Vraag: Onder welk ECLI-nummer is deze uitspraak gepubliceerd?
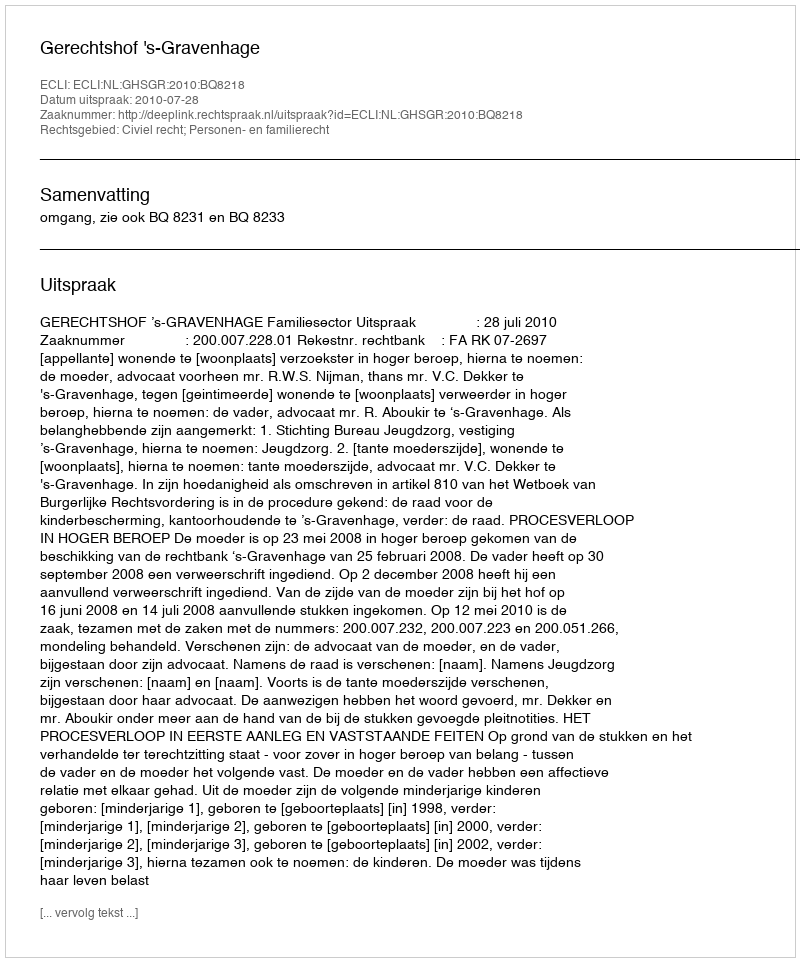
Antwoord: ECLI:NL:GHSGR:2010:BQ8218